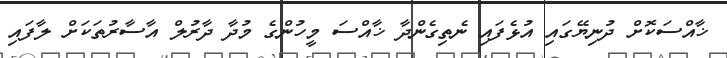
ޚާއްސަކޮށް ދުނިޔޭގައި އުޅެފައި ނެތިގެންދާ ޚާއްސަ މީހުންގެ މުދާ ދާރުލް އާސާރުތަކަށް ލާފައި